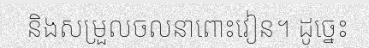
និងសម្រួលចលនាពោះវៀន។ ដូច្នេះ